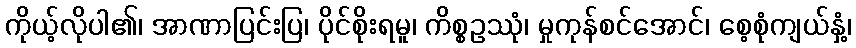
ကိုယ့်လိုပါ၏၊ အာဏာပြင်းပြ၊ ပိုင်စိုးရမူ၊ ကိစ္စဥဿုံ၊ မှုကုန်စင်အောင်၊ စေ့စုံကျယ်နှံ့၊